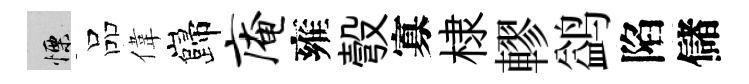
慄品偉巋庵雍彀寡棣轇鹢陷儲